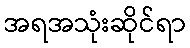
အရအသုံးဆိုင်ရာ